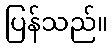
ပြန်သည်။